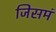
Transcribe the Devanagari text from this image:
जिसमं